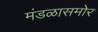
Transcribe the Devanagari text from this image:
मंडळासमोर